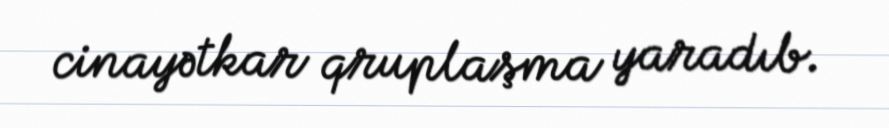
cinayətkar qruplaşma yaradıb.